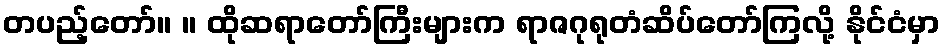
တပည့်တော်။ ။ ထိုဆရာတော်ကြီးများက ရာဇဂုရုတံဆိပ်တော်ကြလို့ နိုင်ငံမှာ